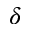
\delta